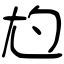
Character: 尥